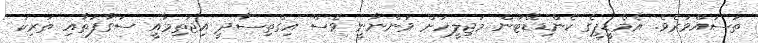
ތަސައްވުރެވެ. އެމްޑީޕީގެ ކެންޑިޑޭޓުން މަޖިލީހަށް ވަންނާނީ ވެސް އިގްތިސާދީ އިޖުތިމާއީ ސަގާފަތާއި ތަރިކަ